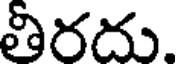
తీరదు.